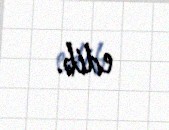
edib.